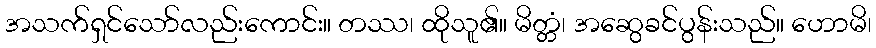
အသက်ရှင်သော်လည်းကောင်း။ တဿ၊ ထိုသူ၏။ မိတ္တံ၊ အဆွေခင်ပွန်းသည်။ ဟောမိ၊